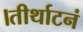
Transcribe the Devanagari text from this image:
।तीर्थाटनं